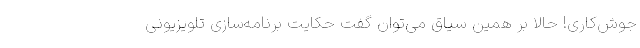
جوش‌کاری! حالا بر همین سیاق می‌توان گفت حکایت برنامه‌سازی تلویزیونی